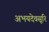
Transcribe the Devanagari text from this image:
अभयदेवसूरि